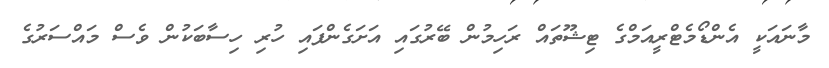
މާނައަކީ އެންޑޯމެޓްރީއަމްގެ ޓިޝޫތައް ރަހިމުން ބޭރުގައި އަށަގެންފައި ހުރި ހިސާބަކުން ވެސް މައްސަރުގެ